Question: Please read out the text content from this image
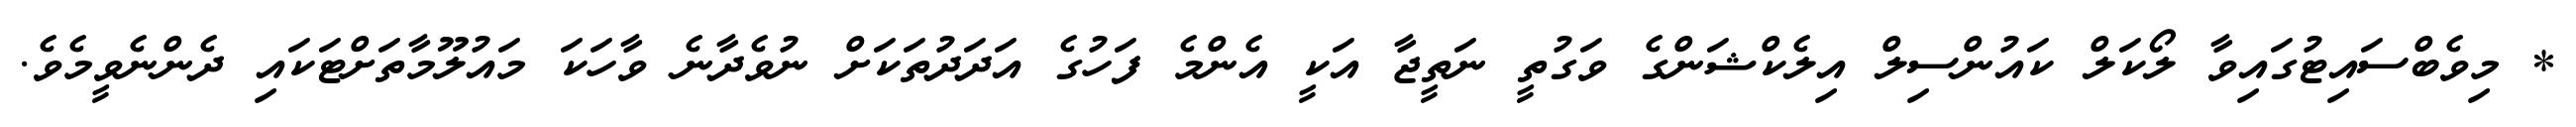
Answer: * މިވެބްސައިޓުގައިވާ ލޯކަލް ކައުންސިލް އިލެކްޝަންގެ ވަގުތީ ނަތީޖާ އަކީ އެންމެ ފަހުގެ އަދަދުތަކަށް ނުވެދާނެ ވާހަކަ މައުލޫމާތަށްޓަކައި ދެންނެވީމެވެ.